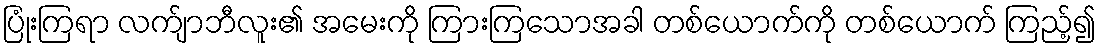
ပြုံးကြရာ လက်ျာဘီလူး၏ အမေးကို ကြားကြသောအခါ တစ်ယောက်ကို တစ်ယောက် ကြည့်၍